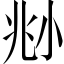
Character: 𡭰